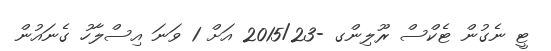
ޓީ ނެގުން ޓެކްސް ރޫލިންގ -2015/23 އަށް 1 ވަނަ އިސްލާހު ގެނައުން